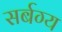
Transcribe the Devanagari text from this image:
सर्बग्य